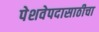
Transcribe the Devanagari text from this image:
पेशवेपदासाठीचा